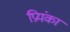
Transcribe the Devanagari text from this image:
प्रियंकां